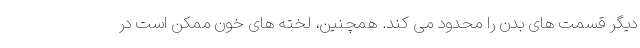
دیگر قسمت های بدن را محدود می کند. همچنین، لخته های خون ممکن است در